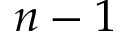
n - 1